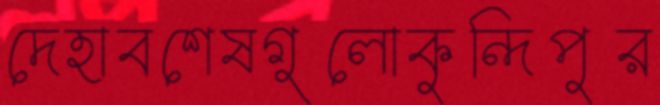
দেহাবশেষগুলোকুন্দিপুর